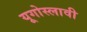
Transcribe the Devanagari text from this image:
यूगोस्लावी